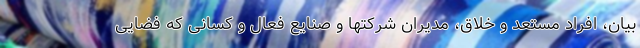
بیان، افراد مستعد و خلاق، مدیران شرکتها و صنایع فعال و کسانی که فضایی